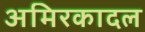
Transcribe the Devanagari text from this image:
अमिरकादल